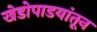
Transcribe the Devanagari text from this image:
खेडोपाडयांतून